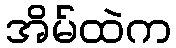
အိမ်ထဲက